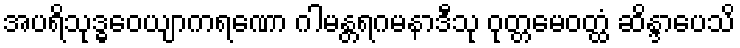
အပရိသုဒ္ဓဝေယျာကရဏော ဂါမန္တရဂမနာဒီသု ဝုတ္တမေဝတ္ထံ ဆိန္ဒာပေသိ